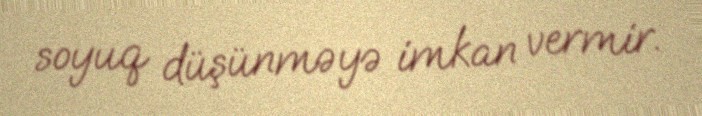
soyuq düşünməyə imkan vermir.